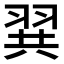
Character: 𮊾